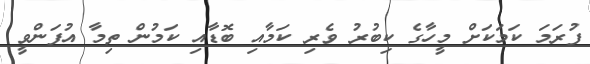
ފުރަމަ ކަމަކަށް މީހާގެ ކިބުރު ވެރި ކަމާއި ބޮޑާއި ކަމުން ތިމާ އުފަންވީ